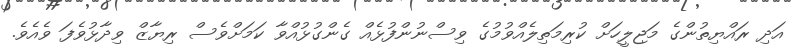
އަދި ރައްޔިތުންގެ މަޖިލީހަށް ކުރިމަތިލެއްވުމުގެ ވިސްނުންފުޅެއް ގެންގުޅުއްވާ ކަމަށްވެސް ރިޔާޒް ވިދާޅުވެފަ ވެއެވެ.